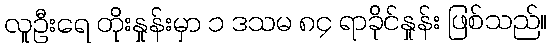
လူဦးရေ တိုးနှုန်းမှာ ၁ ဒသမ ၈၄ ရာခိုင်နှုန်း ဖြစ်သည်။